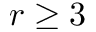
r \geq 3